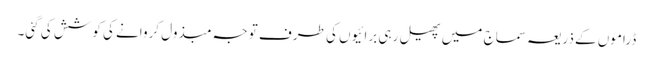
ڈراموں کے ذریعہ سماج میں پھیل رہی برائیوں کی طرف توجہ مبذول کروانے کی کوشش کی گئی۔